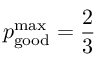
p _ { \mathrm { g o o d } } ^ { \mathrm { m a x } } = \frac { 2 } { 3 }